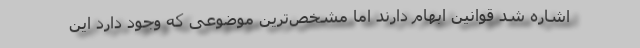
اشاره شد قوانین ابهام دارند اما مشخص‌ترین موضوعی که وجود دارد این